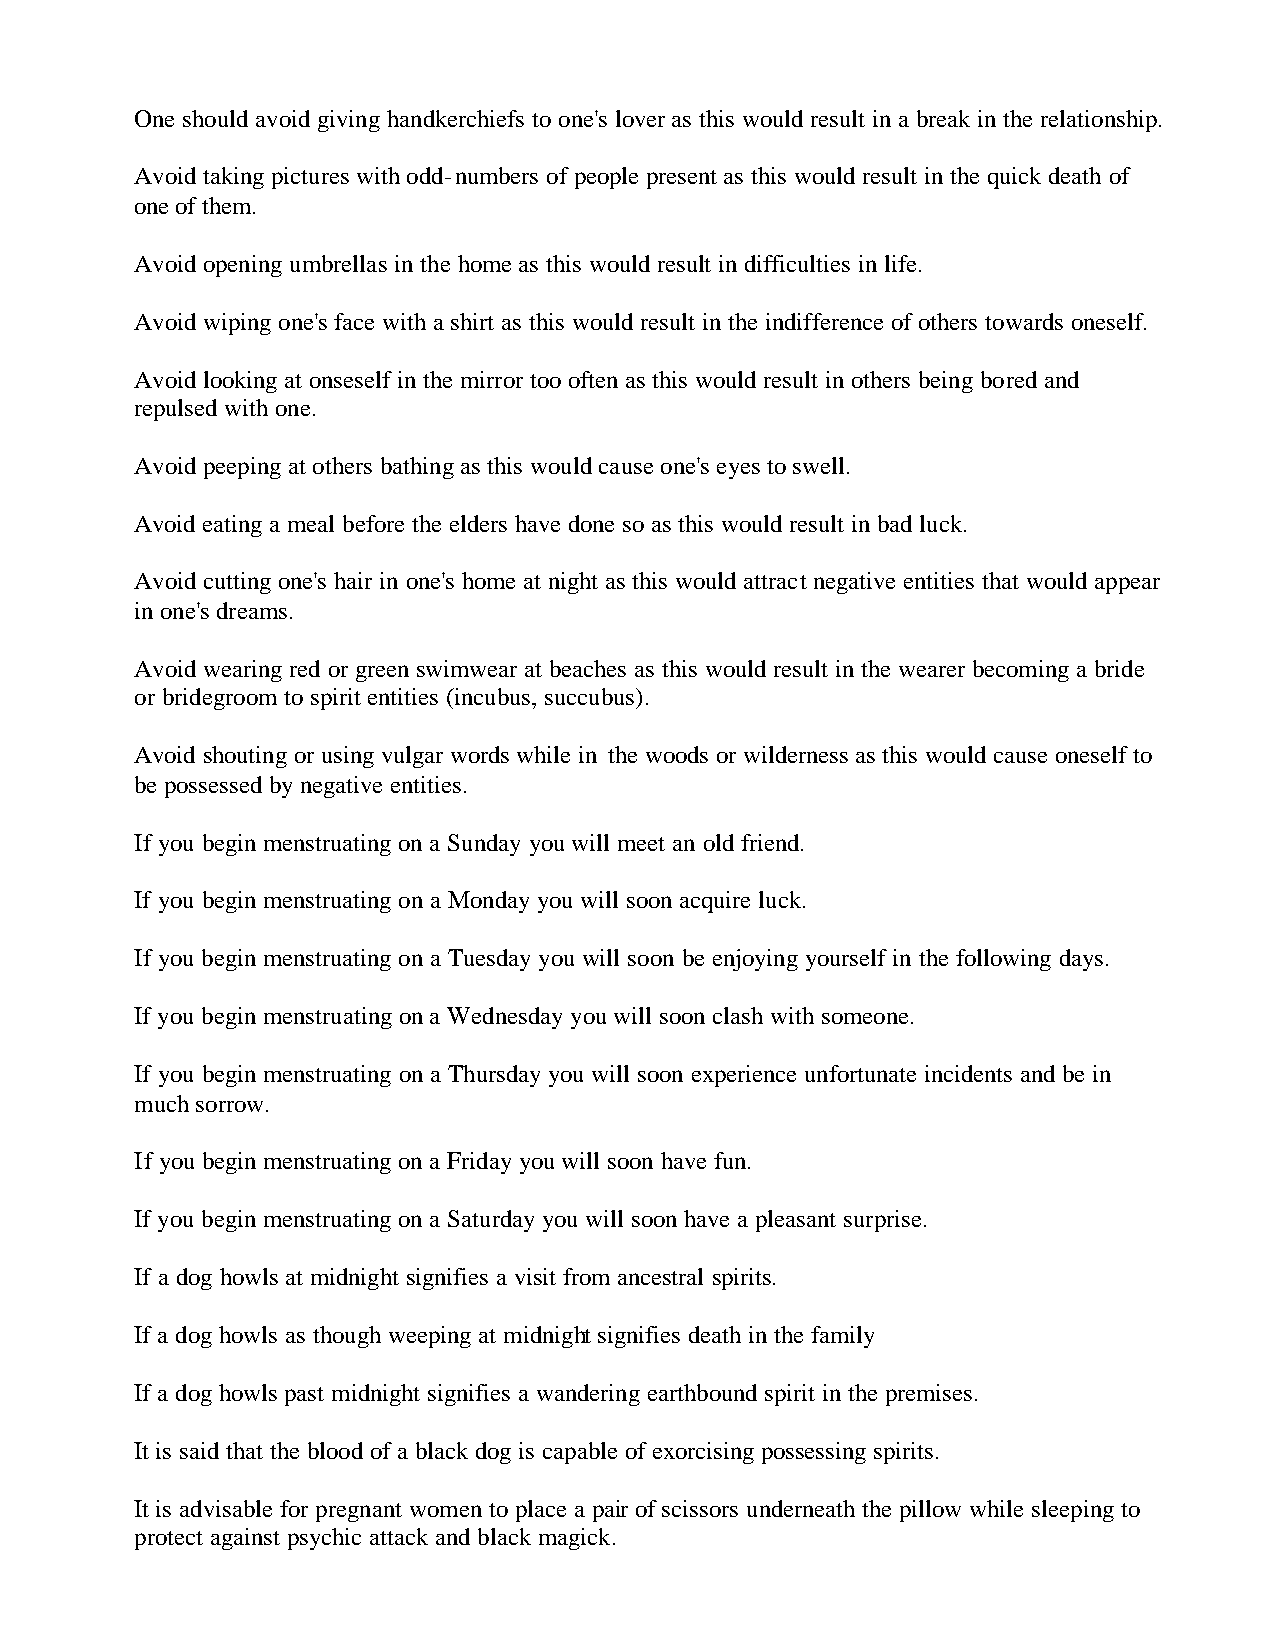
One should avoid giving handkerchiefs to one's lover as this would result in a break in the relationship.
 Avoid taking pictures with odd-numbers of people present as this would result in the quick death of
 one of them.
 Avoid opening umbrellas in the home as this would result in difficulties in life.
 Avoid wiping one's face with a shirt as this would result in the indifference of others towards oneself.
 Avoid looking at onseself in the mirror too often as this would result in others being bored and
 repulsed with one.
 Avoid peeping at others bathing as this would cause one's eyes to swell.
 Avoid eating a meal before the elders have done so as this would result in bad luck.
 Avoid cutting one's hair in one's home at night as this would attract negative entities that would appear
 in one's dreams.
 Avoid wearing red or green swimwear at beaches as this would result in the wearer becoming a bride
 or bridegroom to spirit entities (incubus, succubus).
 Avoid shouting or using vulgar words while in the woods or wilderness as this would cause oneself to
 be possessed by negative entities.
 If you begin menstruating on a Sunday you will meet an old friend.
 If you begin menstruating on a Monday you will soon acquire luck.
 If you begin menstruating on a Tuesday you will soon be enjoying yourself in the following days.
 If you begin menstruating on a Wednesday you will soon clash with someone.
 If you begin menstruating on a Thursday you will soon experience unfortunate incidents and be in
 much sorrow.
 If you begin menstruating on a Friday you will soon have fun.
 If you begin menstruating on a Saturday you will soon have a pleasant surprise.
 If a dog howls at midnight signifies a visit from ancestral spirits.
 If a dog howls as though weeping at midnight signifies death in the family
 If a dog howls past midnight signifies a wandering earthbound spirit in the premises.
 It is said that the blood of a black dog is capable of exorcising possessing spirits.
 It is advisable for pregnant women to place a pair of scissors underneath the pillow while sleeping to
 protect against psychic attack and black magick.